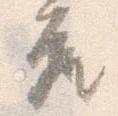
座